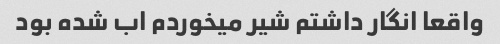
واقعا انگار داشتم شیر میخوردم اب شده بود